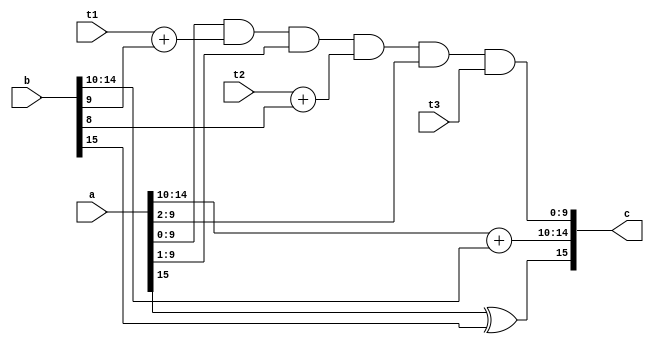
module approx_mult(a,b,c,t1,t2,t3);
  input [15:0]a;
  input [15:0]b;
  input t1,t2,t3;
  output[15:0]c;
  assign c[15]=a[15]^b[15];
  assign c[14:10]=a[14:10]+b[14:10];
  assign c[9:0]=a[9:0]&t1+b[9]&(a[9:0]>>1)&t2+b[8]&(a[9:0]>>2)&t3;
endmodule